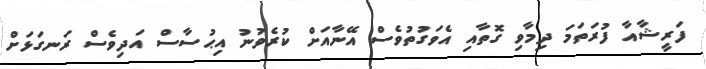
ފަރީޝާއާ ފުރަތަމަ ދިމާވި ގޮތާއި އެވަގުތުވެސް އޭނާއަށް ކުރެވުނު އިޙުސާސް އަދިވެސް ރަނގަޅަށް